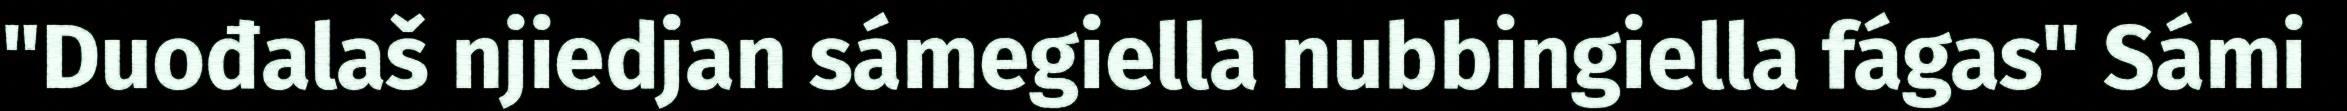
"Duođalaš njiedjan sámegiella nubbingiella fágas" Sámi